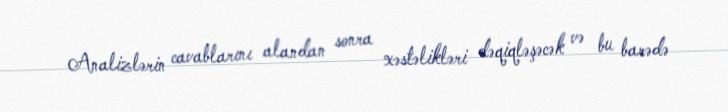
Analizlərin cavablarını alandan sonra xəstəlikləri dəqiqləşəcək və bu barədə